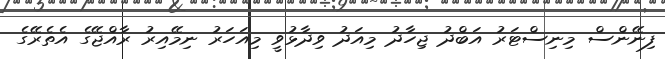
ފިނޭންސް މިނިސްޓަރު އަބްދު ޖިހާދު މިއަދު ވިދާޅުވީ މިއަހަރު ނިމޭއިރު ރާއްޖޭގެ އެތެރޭގެ